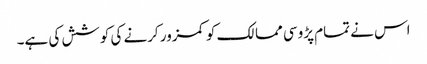
اس نے تمام پڑوسی ممالک کو کمزور کرنے کی کوشش کی ہے۔